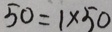
5 0 = 1 \times 5 0